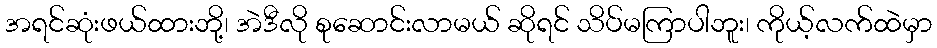
အရင်ဆုံးဖယ်ထားဘို့၊ အဲဒီလို စုဆောင်းလာမယ် ဆိုရင် သိပ်မကြာပါဘူး၊ ကိုယ့်လက်ထဲမှာ